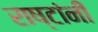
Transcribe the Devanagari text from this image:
राष्टांनी